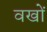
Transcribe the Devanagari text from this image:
वखों